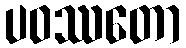
ပဝဿတော